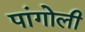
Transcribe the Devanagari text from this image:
पांगोली